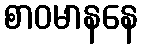
စာဝမာနနေ